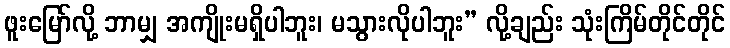
ဖူးမြော်လို့ ဘာမျှ အကျိုးမရှိပါဘူး၊ မသွားလိုပါဘူး” လို့ချည်း သုံးကြိမ်တိုင်တိုင်